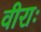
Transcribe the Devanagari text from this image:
वीराः